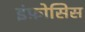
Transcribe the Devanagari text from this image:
इंफ़ोसिस